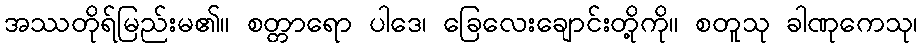
အဿတိုရ်မြည်းမ၏။ စတ္တာရော ပါဒေ၊ ခြေလေးချောင်းတို့ကို။ စတူသု ခါဏုကေသု၊